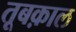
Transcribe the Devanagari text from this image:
तूबक़ाल